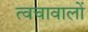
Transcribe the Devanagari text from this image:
त्वचावालों